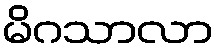
မိဂသာလာ